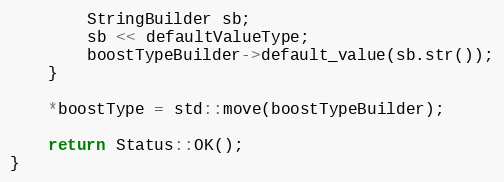
Language: C++
        StringBuilder sb;
        sb << defaultValueType;
        boostTypeBuilder->default_value(sb.str());
    }

    *boostType = std::move(boostTypeBuilder);

    return Status::OK();
}